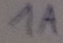
Text: 1A